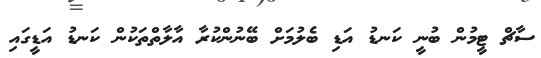
ސާޗް ޓީމުން ބުނީ ކަނޑު އަޑި ބެލުމަށް ބޭނުންކުރާ އާލާތްތަކުން ކަނޑު އަޑީގައި